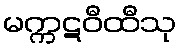
မက္ကဋဝီထီသု